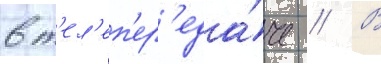
в т'ел'еп'ер'еда́че // В